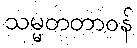
သမ္မတတာဝန်